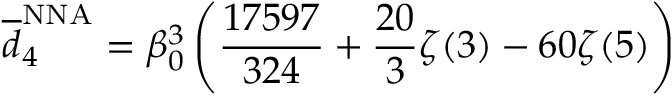
\overline { { { d } } } _ { 4 } ^ { \mathrm { N N A } } = \beta _ { 0 } ^ { 3 } \left( { \frac { 1 7 5 9 7 } { 3 2 4 } } + { \frac { 2 0 } { 3 } } \zeta ( 3 ) - 6 0 \zeta ( 5 ) \right)